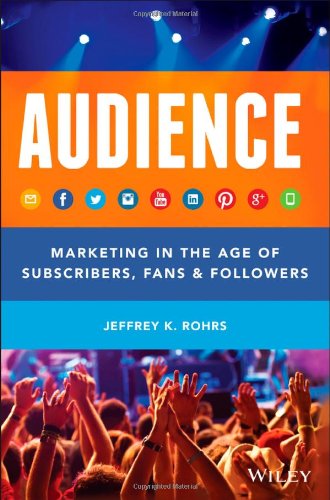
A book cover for Audience: Marketing in the Age of Subscribers, Fans and Followers; Jeffrey K. Rohrs; Business & Money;